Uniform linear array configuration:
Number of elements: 48
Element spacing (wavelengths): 1
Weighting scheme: cosine
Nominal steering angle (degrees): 0
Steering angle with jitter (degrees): -1.352
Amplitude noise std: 0.05
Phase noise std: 0.05

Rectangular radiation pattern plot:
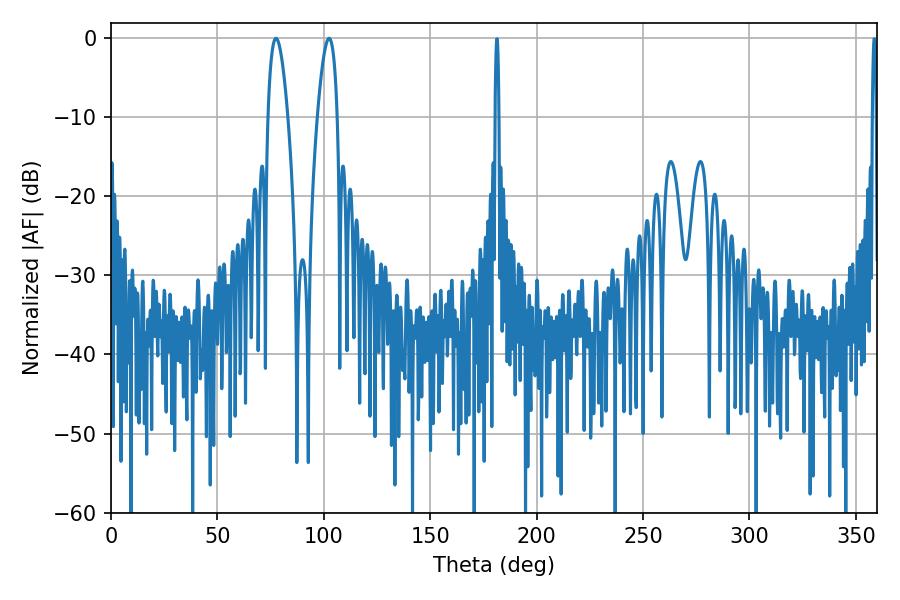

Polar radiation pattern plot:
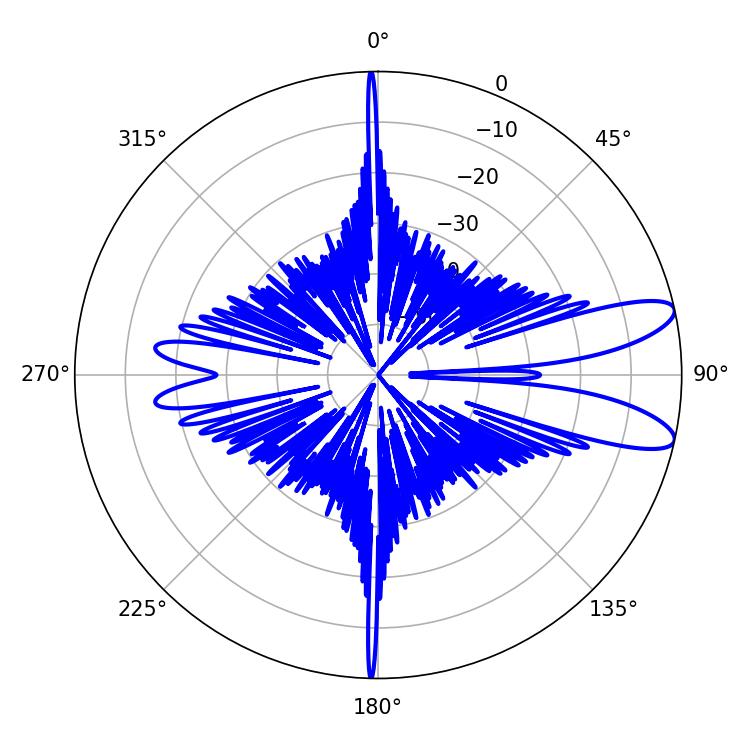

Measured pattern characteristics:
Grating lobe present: TRUE
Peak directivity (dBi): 10.36
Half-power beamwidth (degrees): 5.04
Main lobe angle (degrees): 77.58